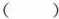
（ ）